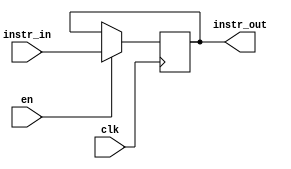
`timescale 1ns / 1ps
//////////////////////////////////////////////////////////////////////////////////
// Company: 
// Engineer: 
// 
// Design Name: 
// Module Name:    instruction_reg 
// Project Name: 
// Target Devices: 
// Tool versions: 
// Description: 
//
// Dependencies: 
//
// Revision: 
// Revision 0.01 - File Created
// Additional Comments: 
//
//////////////////////////////////////////////////////////////////////////////////
module instruction_reg(
	input [31:0]instr_in,
	input clk,
	input en,
	output reg [31:0]instr_out
);

always @ (posedge clk)
begin
	if(en)
	begin
		instr_out = instr_in;
	end
	else
	begin
		instr_out = instr_out;
	end
end

endmodule